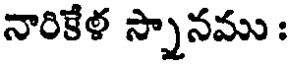
నారికేళ స్నానము :